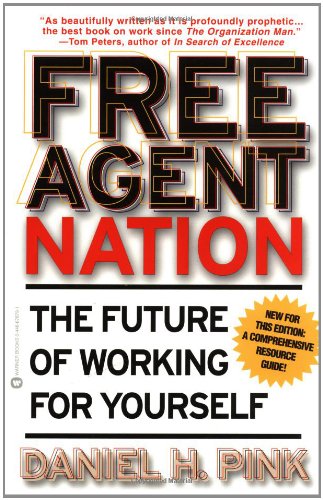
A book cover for Free Agent Nation: The Future of Working for Yourself; Daniel H. Pink; Business & Money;